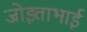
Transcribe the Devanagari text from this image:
जोइताभाई